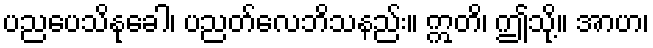
ပညပေသိနုခေါ၊ ပညတ်လေဘိသနည်း။ ဣတိ၊ ဤသို့။ အာဟ၊